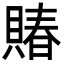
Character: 賰